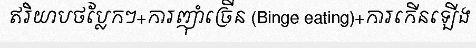
ឥរិយាបថប្លែកៗ+ការញ៉ាំច្រើន (Binge eating)+ការកើនឡើង